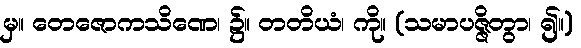
မှ။ တေဇောကသိဏေ၊ ၌။ တတိယံ၊ ကို။ (သမာပဇ္ဇိတွာ၊ ၍။)